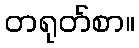
တရုတ်စာ။